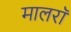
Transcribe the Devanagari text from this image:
मालरॉ